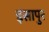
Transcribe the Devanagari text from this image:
इसापुर